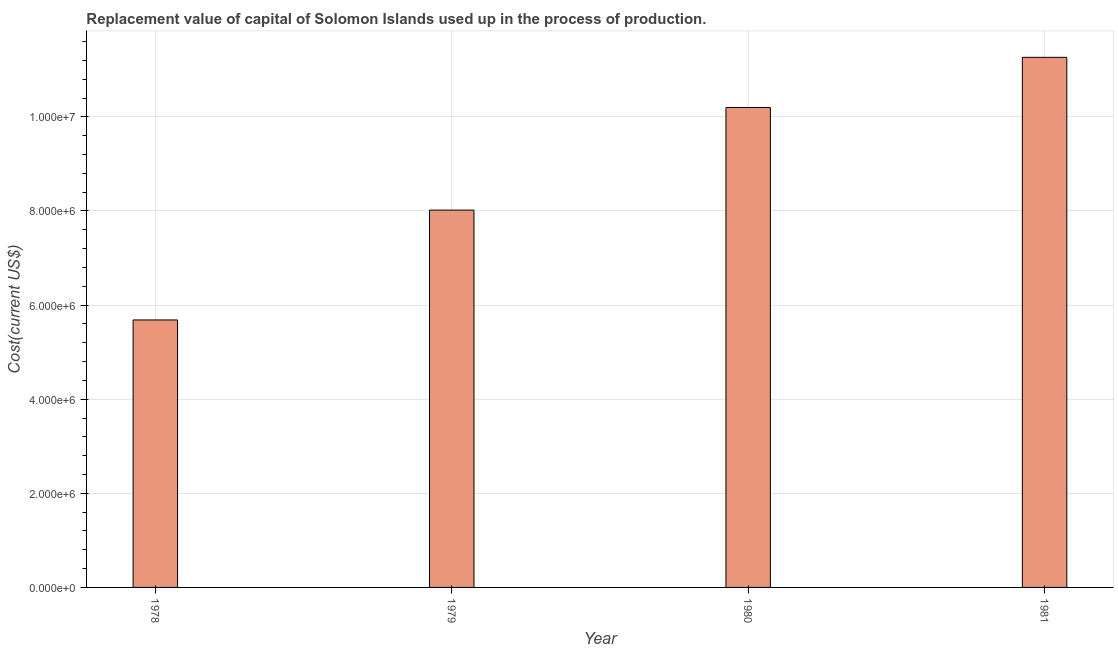
| Year | Consumption of fixed capital |
 | --- | --- |
 | 1978 | 5.68e+06 |
 | 1979 | 8.02e+06 |
 | 1980 | 1.02e+07 |
 | 1981 | 1.13e+07 |